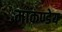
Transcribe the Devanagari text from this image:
माकण्डेय